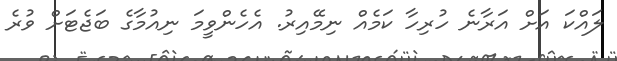
ލައްކަ އަށް އަރާނެ ހުރިހާ ކަމެއް ނިމޭއިރު. އެހެންވީމަ ނިއުމާގެ ބަޖެޓަށް ވުރެ